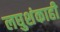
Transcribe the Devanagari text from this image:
लघुशंकाही